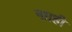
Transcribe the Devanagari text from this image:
नााही